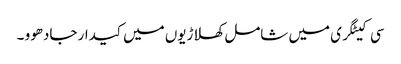
سی کیٹگری میں شامل کھلاڑیوں میں کیدار جادھوو ۔